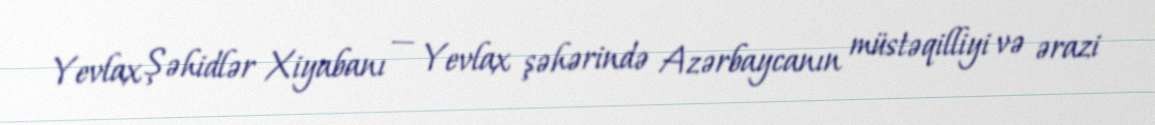
Yevlax Şəhidlər Xiyabanı — Yevlax şəhərində Azərbaycanın müstəqilliyi və ərazi